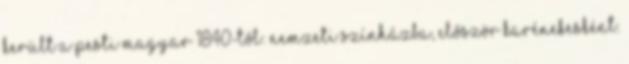
került a Pesti Magyar 1840-től: Nemzeti Színházba, először karénekesként.